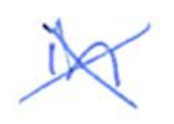
Text: in
Cross-out: cross
Writing tool: ballpoint